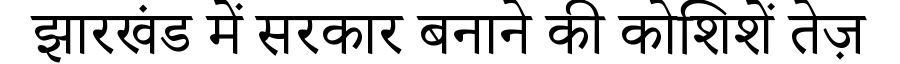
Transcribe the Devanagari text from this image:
झारखंड में सरकार बनाने की कोशिशें तेज़